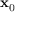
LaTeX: \mathbf { x } _ { \mathrm { 0 } }